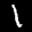
Label: 1